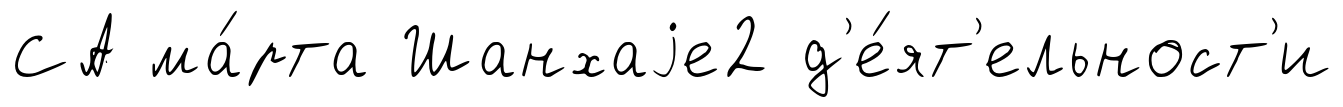
СА ма́рта Шанхаjе2 д'е́ят'ельност'и